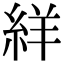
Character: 絴